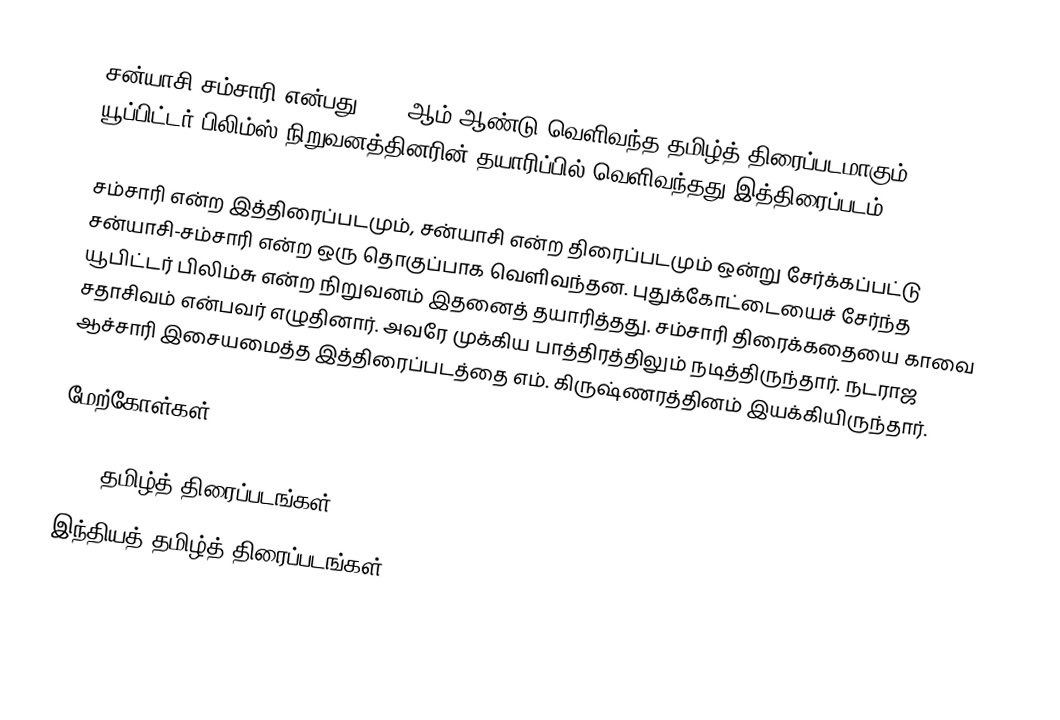
சன்யாசி சம்சாரி என்பது 1942 ஆம் ஆண்டு வெளிவந்த தமிழ்த் திரைப்படமாகும். யூப்பிட்டர் பிலிம்ஸ் நிறுவனத்தினரின் தயாரிப்பில் வெளிவந்தது இத்திரைப்படம்.

சம்சாரி என்ற இத்திரைப்படமும், சன்யாசி என்ற திரைப்படமும் ஒன்று சேர்க்கப்பட்டு சன்யாசி-சம்சாரி என்ற ஒரு தொகுப்பாக வெளிவந்தன. புதுக்கோட்டையைச் சேர்ந்த யூபிட்டர் பிலிம்சு என்ற நிறுவனம் இதனைத் தயாரித்தது. சம்சாரி திரைக்கதையை காவை சதாசிவம் என்பவர் எழுதினார். அவரே முக்கிய பாத்திரத்திலும் நடித்திருந்தார். நடராஜ ஆச்சாரி இசையமைத்த இத்திரைப்படத்தை எம். கிருஷ்ணரத்தினம் இயக்கியிருந்தார்.

மேற்கோள்கள்

1942 தமிழ்த் திரைப்படங்கள்
இந்தியத் தமிழ்த் திரைப்படங்கள்